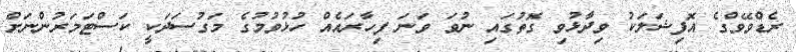
ރެޑްވޭވްގެ އޮފިޝަލަކު ވިދާޅުވި ގޮތުގައި ނުވަ ވަނަ ފިހާރައެއް ހުޅުވުމުގެ މަގުސަދަކީ ކަސްޓަމަރުންނަށް